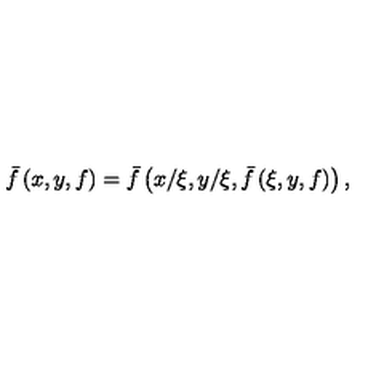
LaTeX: \bar { f } \left( x , y , f \right) = \bar { f } \left( x / \xi , y / \xi , \bar { f } \left( \xi , y , f \right) \right) ,